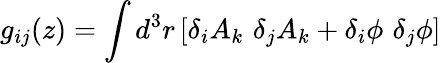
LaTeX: g_{ij}(z)=\int d^{3}r\left[\delta_{i}A_{k}\, \, \delta_{j}A_{k}+\delta_{i}\phi\, \, \delta_{j}\phi\right]